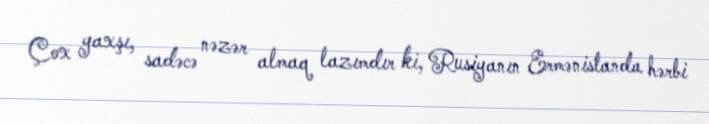
Çox yaxşı, sadəcə nəzər almaq lazımdır ki, Rusiyanın Ermənistanda hərbi